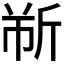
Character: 𫿹